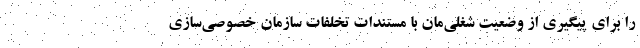
را برای پیگیری از وضعیت شغلی‌مان با مستندات تخلفات سازمان خصوصی‌سازی